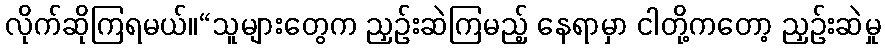
လိုက်ဆိုကြရမယ်။“သူများတွေက ညှဉ်းဆဲကြမည့် နေရာမှာ ငါတို့ကတော့ ညှဉ်းဆဲမှု